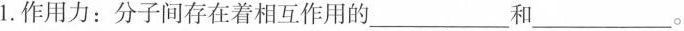
1.作用力：分子间存在着相互作用的___和___。